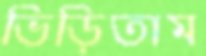
ভিড়িতাম